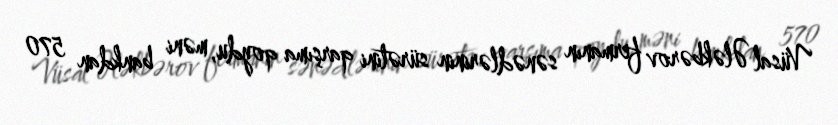
Vüsal Ələkbərov fermanın sənədlərinin sürətini qarşıma qoydu, məni bankdan 570